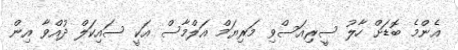
އެންމެ ބޮޑަށް ހާލު ސީރިއަސްވި މަރިޔަމް އަލްމާސް އަކީ ސައިކަލް ދުއްވާ އިން